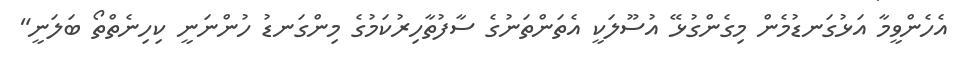
އެހެންވީމާ އަޅުގަނޑުމެން މިގެންގުޅޭ އުސޫލަކީ އެތަންތަނުގެ ސާފުތާހިރުކަމުގެ މިންގަނޑު ހުންނަނީ ކިހިނެތްތޯ ބަލަނީ"